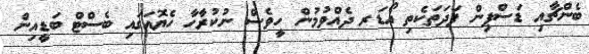
ބެންޗާއި ޑަސްޕިން ފަދަތަކެތި އޯޑަރ ދެއްވުމުން ހީވެސް ނުކުރާހާ ހެޔޮއަގައި ބެސްޓް ބަޑީއިން